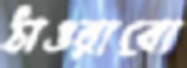
ঠাওরাবো